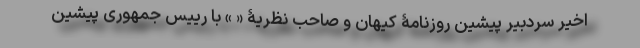
اخیر سردبیر پیشین روزنامۀ کیهان و صاحب نظریۀ « » با رییس جمهوری پیشین